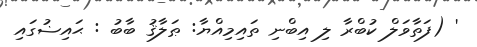
' (ފަތާވަލް ކުބްރާ ލި އިބްނި ތައިމިއްޔާ: ޠަލާޤު ބާބު : ޙައިޟުގައި